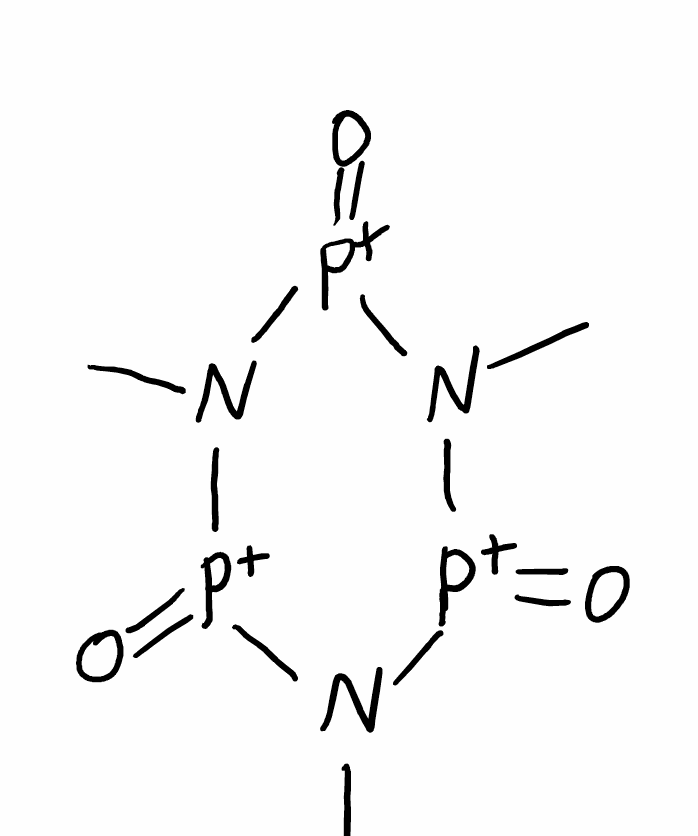
Simplified molecular-input line-entry system (SMILES) notation of the given molecule:
CN1[P+](=O)N([P+](=O)N([P+]1=O)C)C